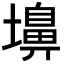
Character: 𪤨